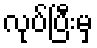
လုပ်ပြီးမှ